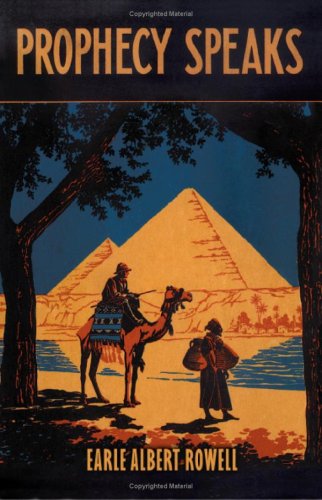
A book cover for Prophecy Speaks: Dissolving Doubts; Earle Albert Rowell; Christian Books & Bibles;